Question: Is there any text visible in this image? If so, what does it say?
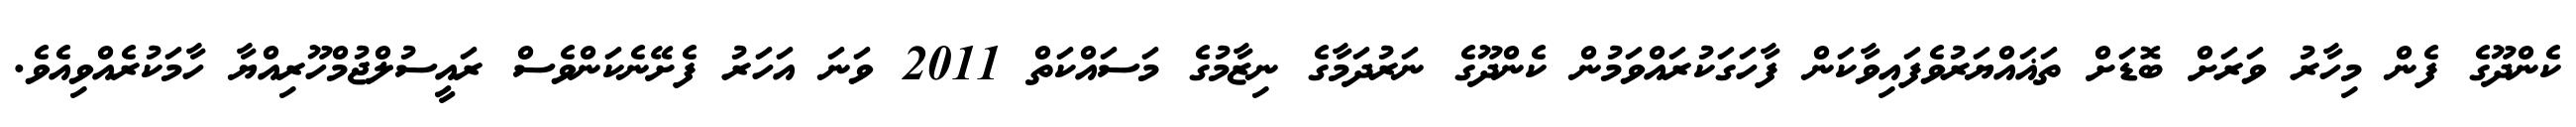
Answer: ކެންދޫގެ ފެން މިހާރު ވަރަށް ބޮޑަށް ތަޣައްޔަރުވެފައިވާކަން ފާހަގަކުރައްވަމުން ކެންދޫގެ ނަރުދަމާގެ ނިޒާމުގެ މަސައްކަތް 2011 ވަނަ އަހަރު ފެށޭނެކަންވެސް ރައީސުލްޖުމްހޫރިއްޔާ ހާމަކުރެއްވިއެވެ.